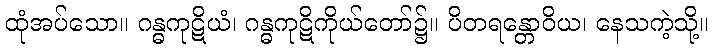
ထုံအပ်သော။ ဂန္ဓကုဋိယံ၊ ဂန္ဓကုဋိကိုယ်တော်၌။ ပိတရန္တောဝိယ၊ နေသကဲ့သို့။